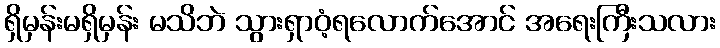
ရှိမှန်းမရှိမှန်း မသိဘဲ သွားရှာဝံ့ရလောက်အောင် အရေးကြီးသလား